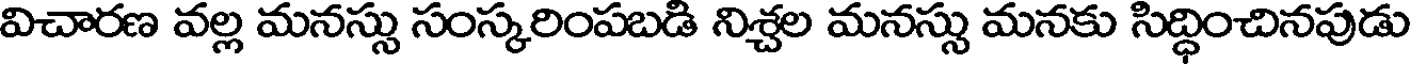
విచారణ వల్ల మనస్సు సంస్కరింపబడి నిశ్చల మనస్సు మనకు సిద్ధించినపుడు